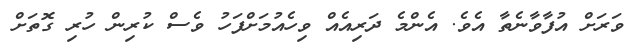
ވަރަށް އުފާވާނެތާ އެވެ. އެންމެ ދަރިއެއް ވިހެއުމަށްފަހު ވެސް ކުރިން ހުރި ގޮތަށް